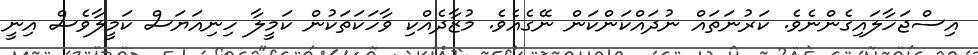
އިސްޖަހާލައިގެންނެވެ. ކަރުނަތައް ނުދައްކަންކަން ނޭގެއެވެ. މުޒާދެއްކި ވާހަކަތަކުން ކަމީލާ ހިނިއަޔަސް ކަމީލާވެސް އިނީ